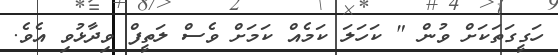
ހަގީގަތަކަށް ވުން " ކަހަލަ ކަމެއް ކަމަށް ވެސް ލަތީފް ވިދާޅުވި އެވެ.